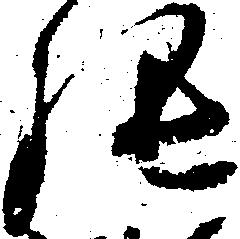
張